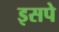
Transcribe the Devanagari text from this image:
इसपे